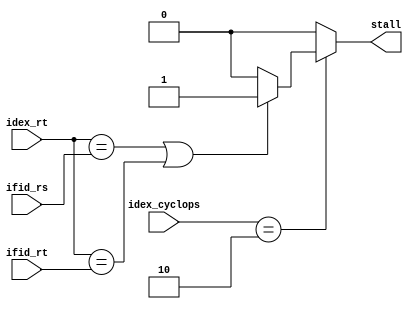
module hazard_unit(input [3:0] ifid_rt, ifid_rs, idex_rt, input [2:0] idex_cyclops, output stall);

/*
1a. EX/MEM.RegisterRd = ID/EX.RegisterRs
1b. EX/MEM.RegisterRd = ID/EX.RegisterRt
2a. MEM/WB.RegisterRd = ID/EX.RegisterRs
2b. MEM/WB.RegisterRd = ID/EX.RegisterRt
*/
//assign hazard = (exmem_rd == idex_rs | exmem_rd == idex_rt | memwb_rd == idex_rs | memwb_rd == idex_rt) ? 1 : 0;

// if (ID/EX.MemRead and((ID/EX.RegisterRt = IF/ID.RegisterRs) or (ID/EX.RegisterRt = IF/ID.RegisterRt)) then stall
assign stall = (idex_cyclops == 2) ? ((idex_rt == ifid_rs | idex_rt == ifid_rt) ? 1 : 0) : 0; 
//assign stall = (idex_cyclops == 2) ? ((idex_rd == ifid_rs | idex_rd == ifid_rt  & ifid_cyclops != 3) ? 1 : 0) : 0; 

endmodule